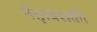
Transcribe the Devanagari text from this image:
नेतृत्वशक्ती